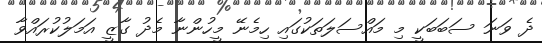
ދެ ވަނަ ސަބަބަކީ މި މައްސަލަތަކުގައި ހިމެނޭ މީހުންނާ މެދު ގާޒީ އަމަލުކުރައްވާ